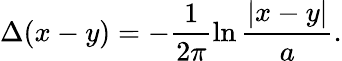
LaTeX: \Delta(x-y)=-\frac{1}{2\pi}\ln\frac{|x-y|}{a}.